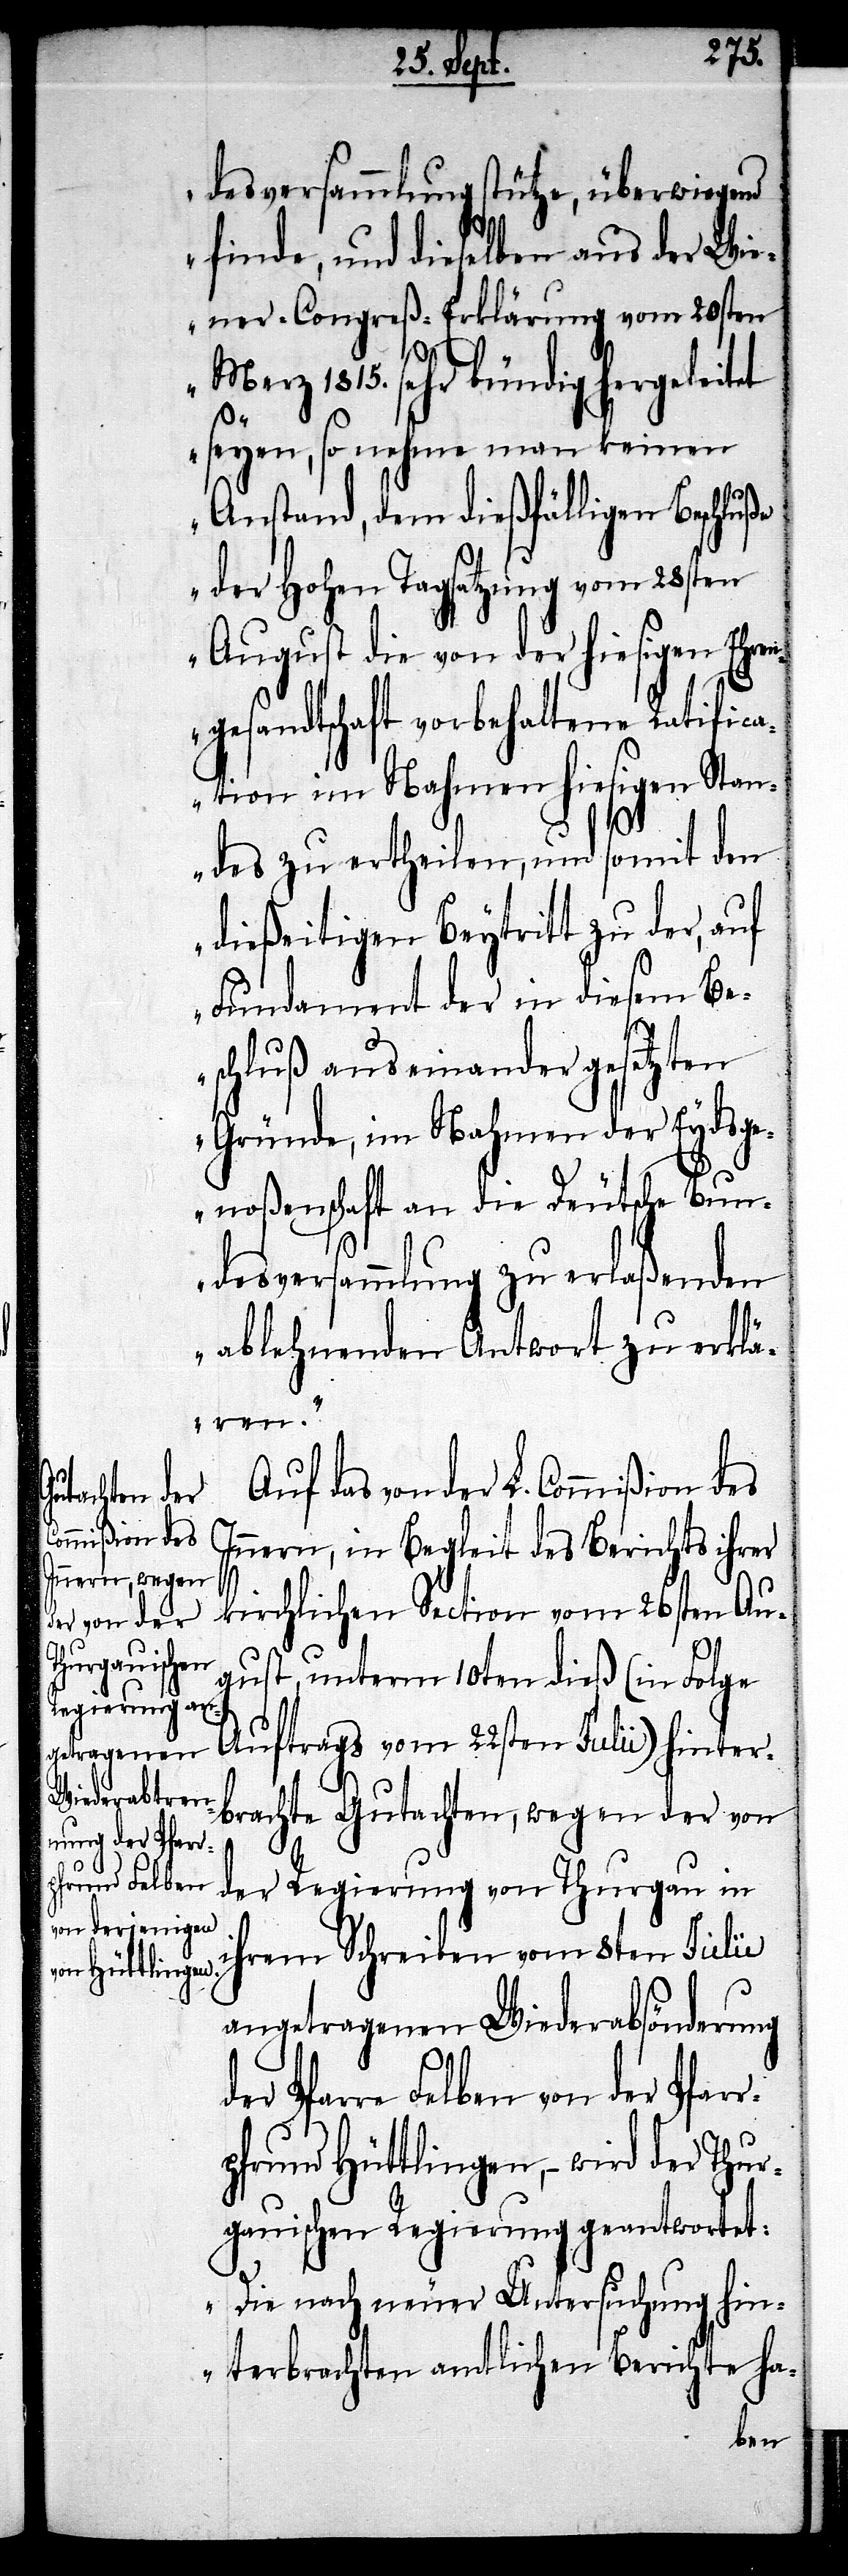
ng der Pfarr¬

desversammlung stütze, überwiegend
finde, und dieselben aus der Wi¬
ener-Congreß-Erklärung vom 20sten
Merz 1815. sehr bündig hergeleitet
seyen, so nehme man keinen
Anstand, dem dießfälligen Beschluße
der Hohen Tagsatzung vom 28sten
August die von der hiesigen Ehren¬
gesandtschaft vorbehaltene Ratifica¬
tion im Nahmen hiesigen Stan¬
des zu ertheilen, und somit den
dießeitigen Beytritt zu der, auf
Fundament der in diesem Be¬
schluß auseinander gesetzten
Gründe, im Nahmen der Eydsge¬
noßenschaft an die Deutsche Bun¬
desversammlung zu erlaßenden
ablehnenden Antwort zu erklä¬
ren.“
Auf das von der L. Commißion des
Innern, in Begleit des Berichts ihrer
kirchlichen Section vom 26sten Aug¬
ust, unterm 10ten dieß (in Folge
Auftrags vom 22ten Julii) hinter¬
brachte Gutachten, wegen der von
der Regierung von Thurgau in
ihrem Schreiben vom 8ten Julii
angetragenen Wiederabsönderu¬
e Felben von der Pfar¬
rpfrund Hüttlingen, – wird der Thur¬
gauischen Regierung geantwortet:
„ Die nach neuer Untersuchung hin¬
terbrachten amtlichen Berichte ha-